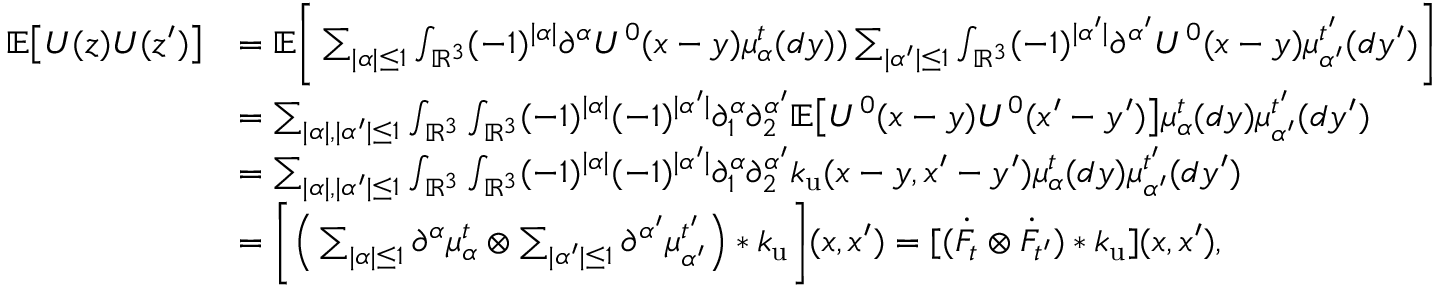
\begin{array} { r l } { \mathbb { E } \big [ U ( z ) U ( z ^ { \prime } ) \big ] } & { = \mathbb { E } \Bigg [ \sum _ { | \alpha | \leq 1 } \int _ { \mathbb { R } ^ { 3 } } ( - 1 ) ^ { | \alpha | } \partial ^ { \alpha } U ^ { 0 } ( x - y ) \mu _ { \alpha } ^ { t } ( d y ) ) \sum _ { | \alpha ^ { \prime } | \leq 1 } \int _ { \mathbb { R } ^ { 3 } } ( - 1 ) ^ { | \alpha ^ { \prime } | } \partial ^ { \alpha ^ { \prime } } U ^ { 0 } ( x - y ) \mu _ { \alpha ^ { \prime } } ^ { t ^ { \prime } } ( d y ^ { \prime } ) \Bigg ] } \\ & { = \sum _ { | \alpha | , | \alpha ^ { \prime } | \leq 1 } \int _ { \mathbb { R } ^ { 3 } } \int _ { \mathbb { R } ^ { 3 } } ( - 1 ) ^ { | \alpha | } ( - 1 ) ^ { | \alpha ^ { \prime } | } \partial _ { 1 } ^ { \alpha } \partial _ { 2 } ^ { \alpha ^ { \prime } } \mathbb { E } \big [ U ^ { 0 } ( x - y ) U ^ { 0 } ( x ^ { \prime } - y ^ { \prime } ) \big ] \mu _ { \alpha } ^ { t } ( d y ) \mu _ { \alpha ^ { \prime } } ^ { t ^ { \prime } } ( d y ^ { \prime } ) } \\ & { = \sum _ { | \alpha | , | \alpha ^ { \prime } | \leq 1 } \int _ { \mathbb { R } ^ { 3 } } \int _ { \mathbb { R } ^ { 3 } } ( - 1 ) ^ { | \alpha | } ( - 1 ) ^ { | \alpha ^ { \prime } | } \partial _ { 1 } ^ { \alpha } \partial _ { 2 } ^ { \alpha ^ { \prime } } k _ { \mathrm { u } } ( x - y , x ^ { \prime } - y ^ { \prime } ) \mu _ { \alpha } ^ { t } ( d y ) \mu _ { \alpha ^ { \prime } } ^ { t ^ { \prime } } ( d y ^ { \prime } ) } \\ & { = \bigg [ \Big ( \sum _ { | \alpha | \leq 1 } \partial ^ { \alpha } \mu _ { \alpha } ^ { t } \otimes \sum _ { | \alpha ^ { \prime } | \leq 1 } \partial ^ { \alpha ^ { \prime } } \mu _ { \alpha ^ { \prime } } ^ { t ^ { \prime } } \Big ) * k _ { \mathrm { u } } \bigg ] ( x , x ^ { \prime } ) = [ ( \Dot { F } _ { t } \otimes \dot { F } _ { t ^ { \prime } } ) * k _ { \mathrm { u } } ] ( x , x ^ { \prime } ) , } \end{array}